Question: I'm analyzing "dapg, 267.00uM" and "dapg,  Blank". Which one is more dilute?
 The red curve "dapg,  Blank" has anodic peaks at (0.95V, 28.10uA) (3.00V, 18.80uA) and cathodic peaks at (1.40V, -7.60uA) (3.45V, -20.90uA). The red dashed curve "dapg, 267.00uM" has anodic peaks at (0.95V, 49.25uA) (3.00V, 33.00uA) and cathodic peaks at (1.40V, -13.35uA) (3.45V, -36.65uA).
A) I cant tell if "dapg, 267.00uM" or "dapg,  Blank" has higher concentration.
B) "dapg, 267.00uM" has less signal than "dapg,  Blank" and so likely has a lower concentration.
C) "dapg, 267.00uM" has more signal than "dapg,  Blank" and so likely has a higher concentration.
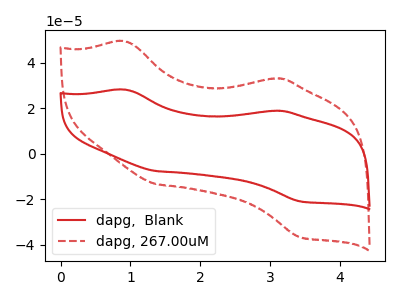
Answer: <think>All the peaks in "dapg, 267.00uM" have a peak in "dapg,  Blank" at the same potential. Every peak in "dapg, 267.00uM" is higher than every peak in "dapg,  Blank".
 </think>
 <answer>C) "dapg, 267.00uM" has more signal than "dapg,  Blank" and so likely has a higher concentration.</answer>
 <eval>C</eval>